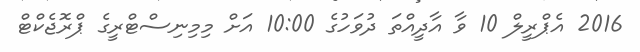
2016 އެޕްރީލް 10 ވާ އާދީއްތަ ދުވަހުގެ 10:00 އަށް މިމިނިސްޓްރީގެ ޕްރޮޖެކްޓް